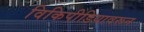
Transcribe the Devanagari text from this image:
विकिपीडियावरून